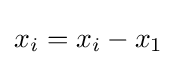
x_{i}=x_{i}-x_{1}